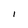
Character: l